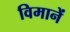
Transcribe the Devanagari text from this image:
विमानें